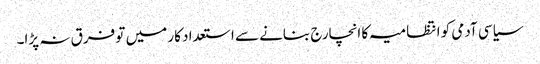
سیاسی آدمی کو انتظامیہ کا انچارج بنانے سے استعداد کار میں تو فرق نہ پڑا۔